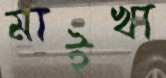
মাইখা